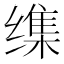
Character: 𦈜